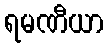
ရမဏီယာ